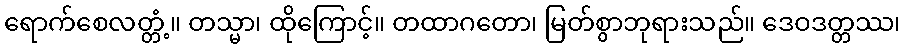
ရောက်စေလတ္တံ့။ တသ္မာ၊ ထိုကြောင့်။ တထာဂတော၊ မြတ်စွာဘုရားသည်။ ဒေဝဒတ္တဿ၊